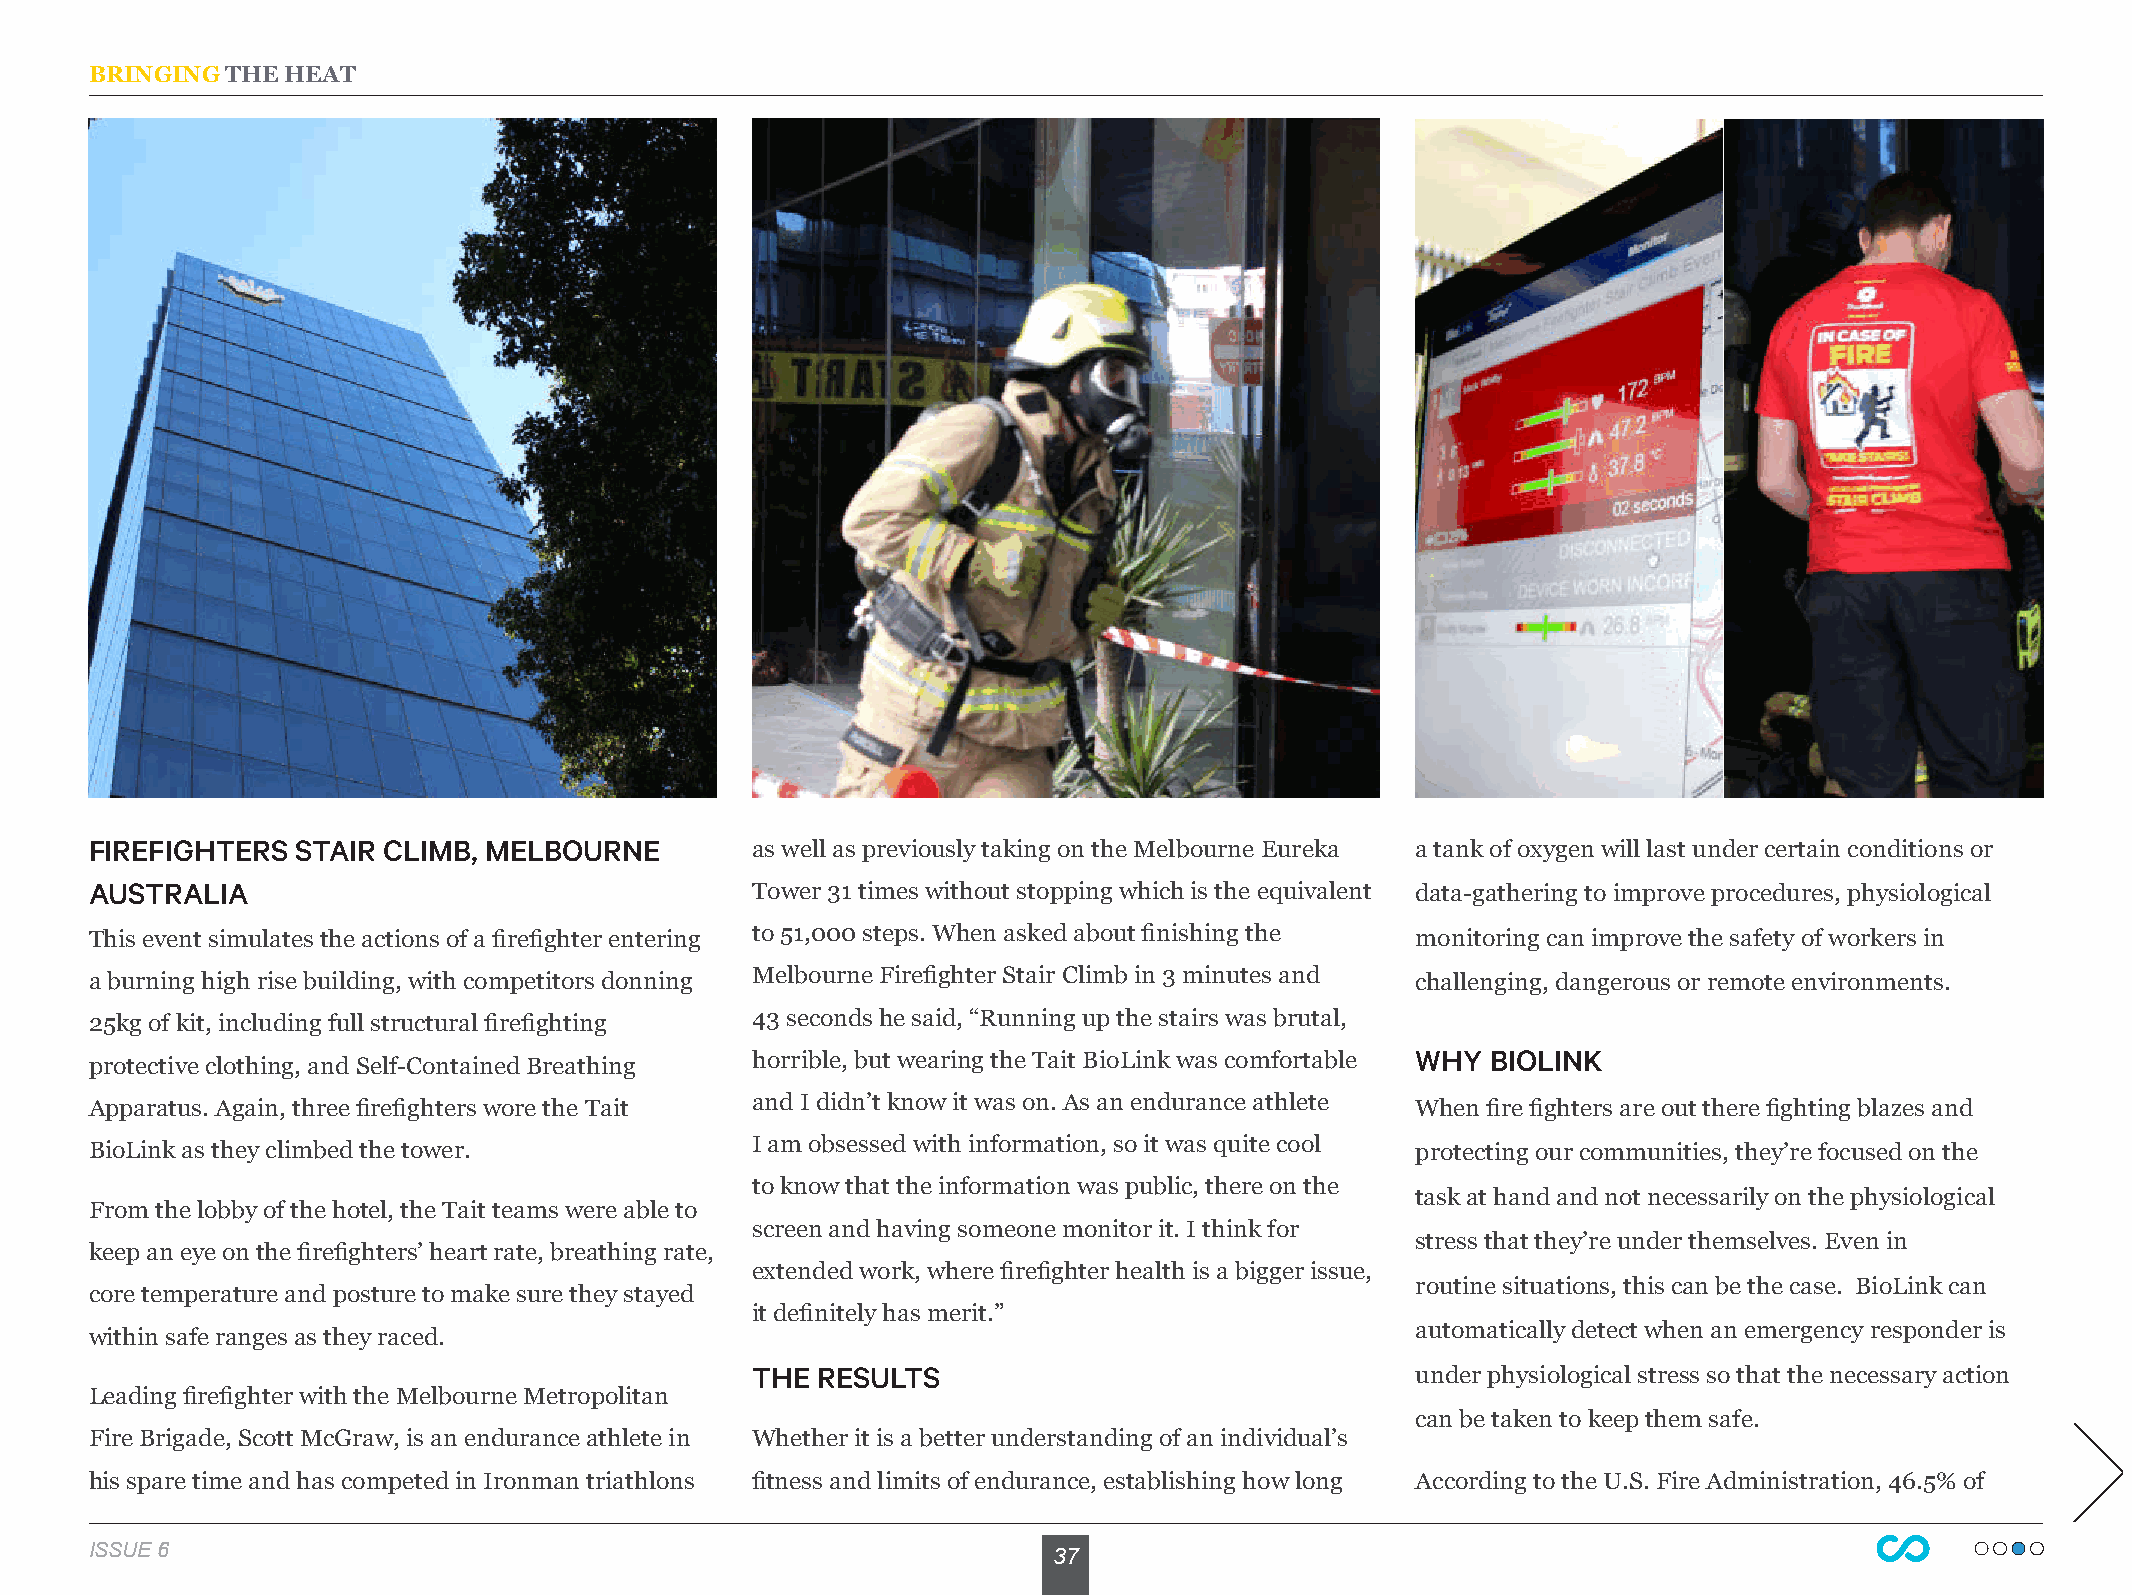
BRINGING THE HEAT
 FIREFIGHTERS  STAIR CLIMB, MELBOURNE        as well as previously taking on the Melbourne Eureka a tank of oxygen will last under certain conditions or
 AUSTRALIA                                   Tower 31 times without stopping which is the equivalent data-gathering to improve procedures, physiological
 This event simulates the actions of a firefighter entering to 51,000 steps. When asked about finishing the monitoring can improve the safety of workers in
 a burning high rise building, with competitors donning Melbourne Firefighter Stair Climb in 3 minutes and challenging, dangerous or remote environments.
 25kg of kit, including full structural firefighting 43 seconds he said, “Running up the stairs was brutal,
 protective clothing, and Self-Contained Breathing horrible, but wearing the Tait BioLink was comfortable WHY BIOLINK
 Apparatus. Again, three firefighters wore the Tait and I didn’t know it was on. As an endurance athlete When fire fighters are out there fighting blazes and
 BioLink as they climbed the tower.          I am obsessed with information, so it was quite cool protecting our communities, they’re focused on the
 to know that the information was public, there on the
 task at hand and not necessarily on the physiological
 From the lobby of the hotel, the Tait teams were able to
 screen and having someone monitor it. I think for
 stress that they’re under themselves. Even in
 keep an eye on the firefighters’ heart rate, breathing rate,
 extended work, where firefighter health is a bigger issue,
 routine situations, this can be the case. BioLink can
 core temperature and posture to make sure they stayed
 it definitely has merit.”
 automatically detect when an emergency responder is
 within safe ranges as they raced.
 THE RESULTS                                 under physiological stress so that the necessary action
 Leading firefighter with the Melbourne Metropolitan
 can be taken to keep them safe.
 Fire Brigade, Scott McGraw, is an endurance athlete in Whether it is a better understanding of an individual’s
 his spare time and has competed in Ironman triathlons fitness and limits of endurance, establishing how long According to the U.S. Fire Administration, 46.5% of
 IISSSSUUEE 56                                                   37